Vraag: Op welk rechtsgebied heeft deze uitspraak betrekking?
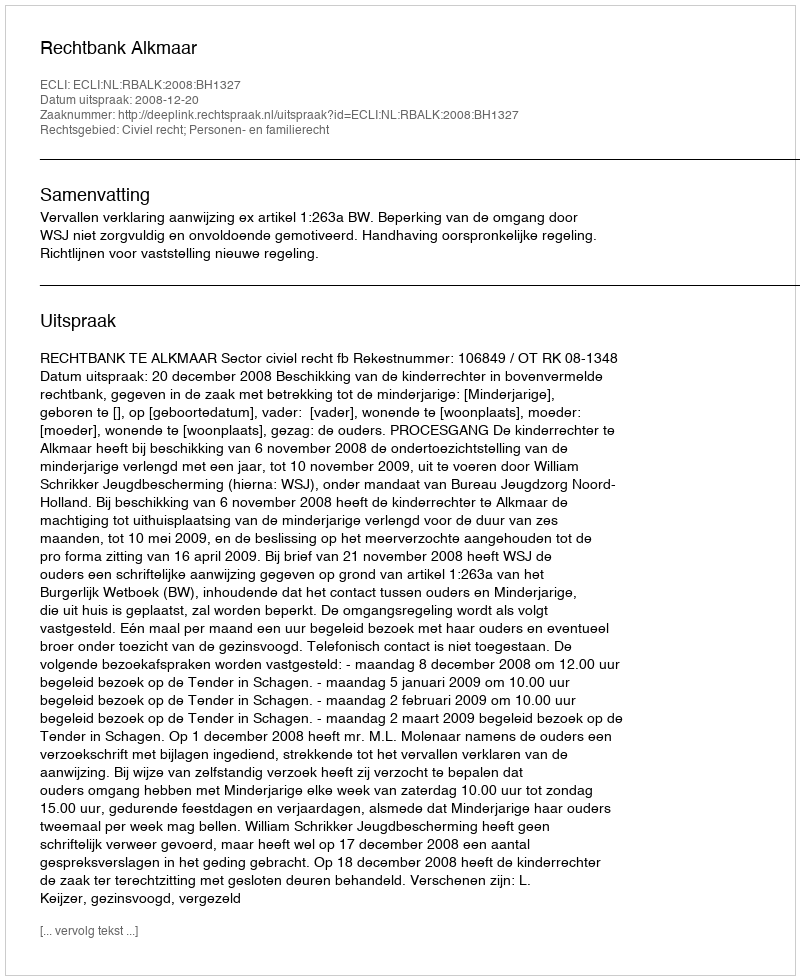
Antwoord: Civiel recht; Personen- en familierecht